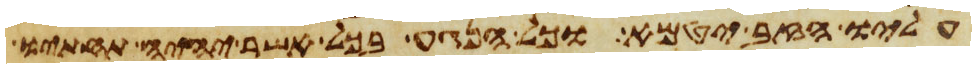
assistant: עליו הזב יטמא וכל הנגע בכל אשר יהיה תחתיו